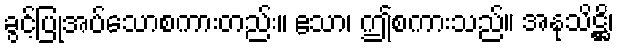
ခွင့်ပြုအပ်သောစကားတည်း။ ဧသာ၊ ဤစကားသည်။ အနုသိဋ္ဌိ၊